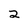
Character: 2